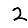
Digit: 2